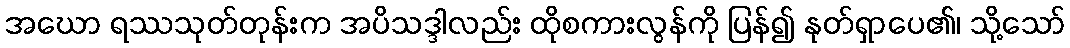
အဃော ရဿသုတ်တုန်းက အပိသဒ္ဒါလည်း ထိုစကားလွန်ကို ပြန်၍ နုတ်ရှာပေ၏၊ သို့သော်